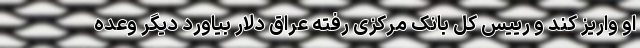
او واریز کند و رییس کل بانک مرکزی رفته عراق دلار بیاورد دیگر وعده